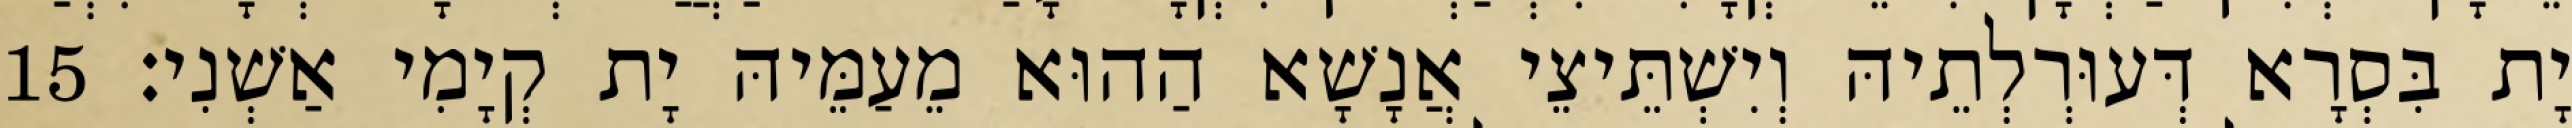
יָת בִּסְרָא דְּעוּרְלְתֵיהּ וְיִשְׁתֵּיצֵי אֲנָשָׁא הַהוּא מֵעַמֵּיהּ יָת קְיָמִי אַשְׁנִי׃ 15